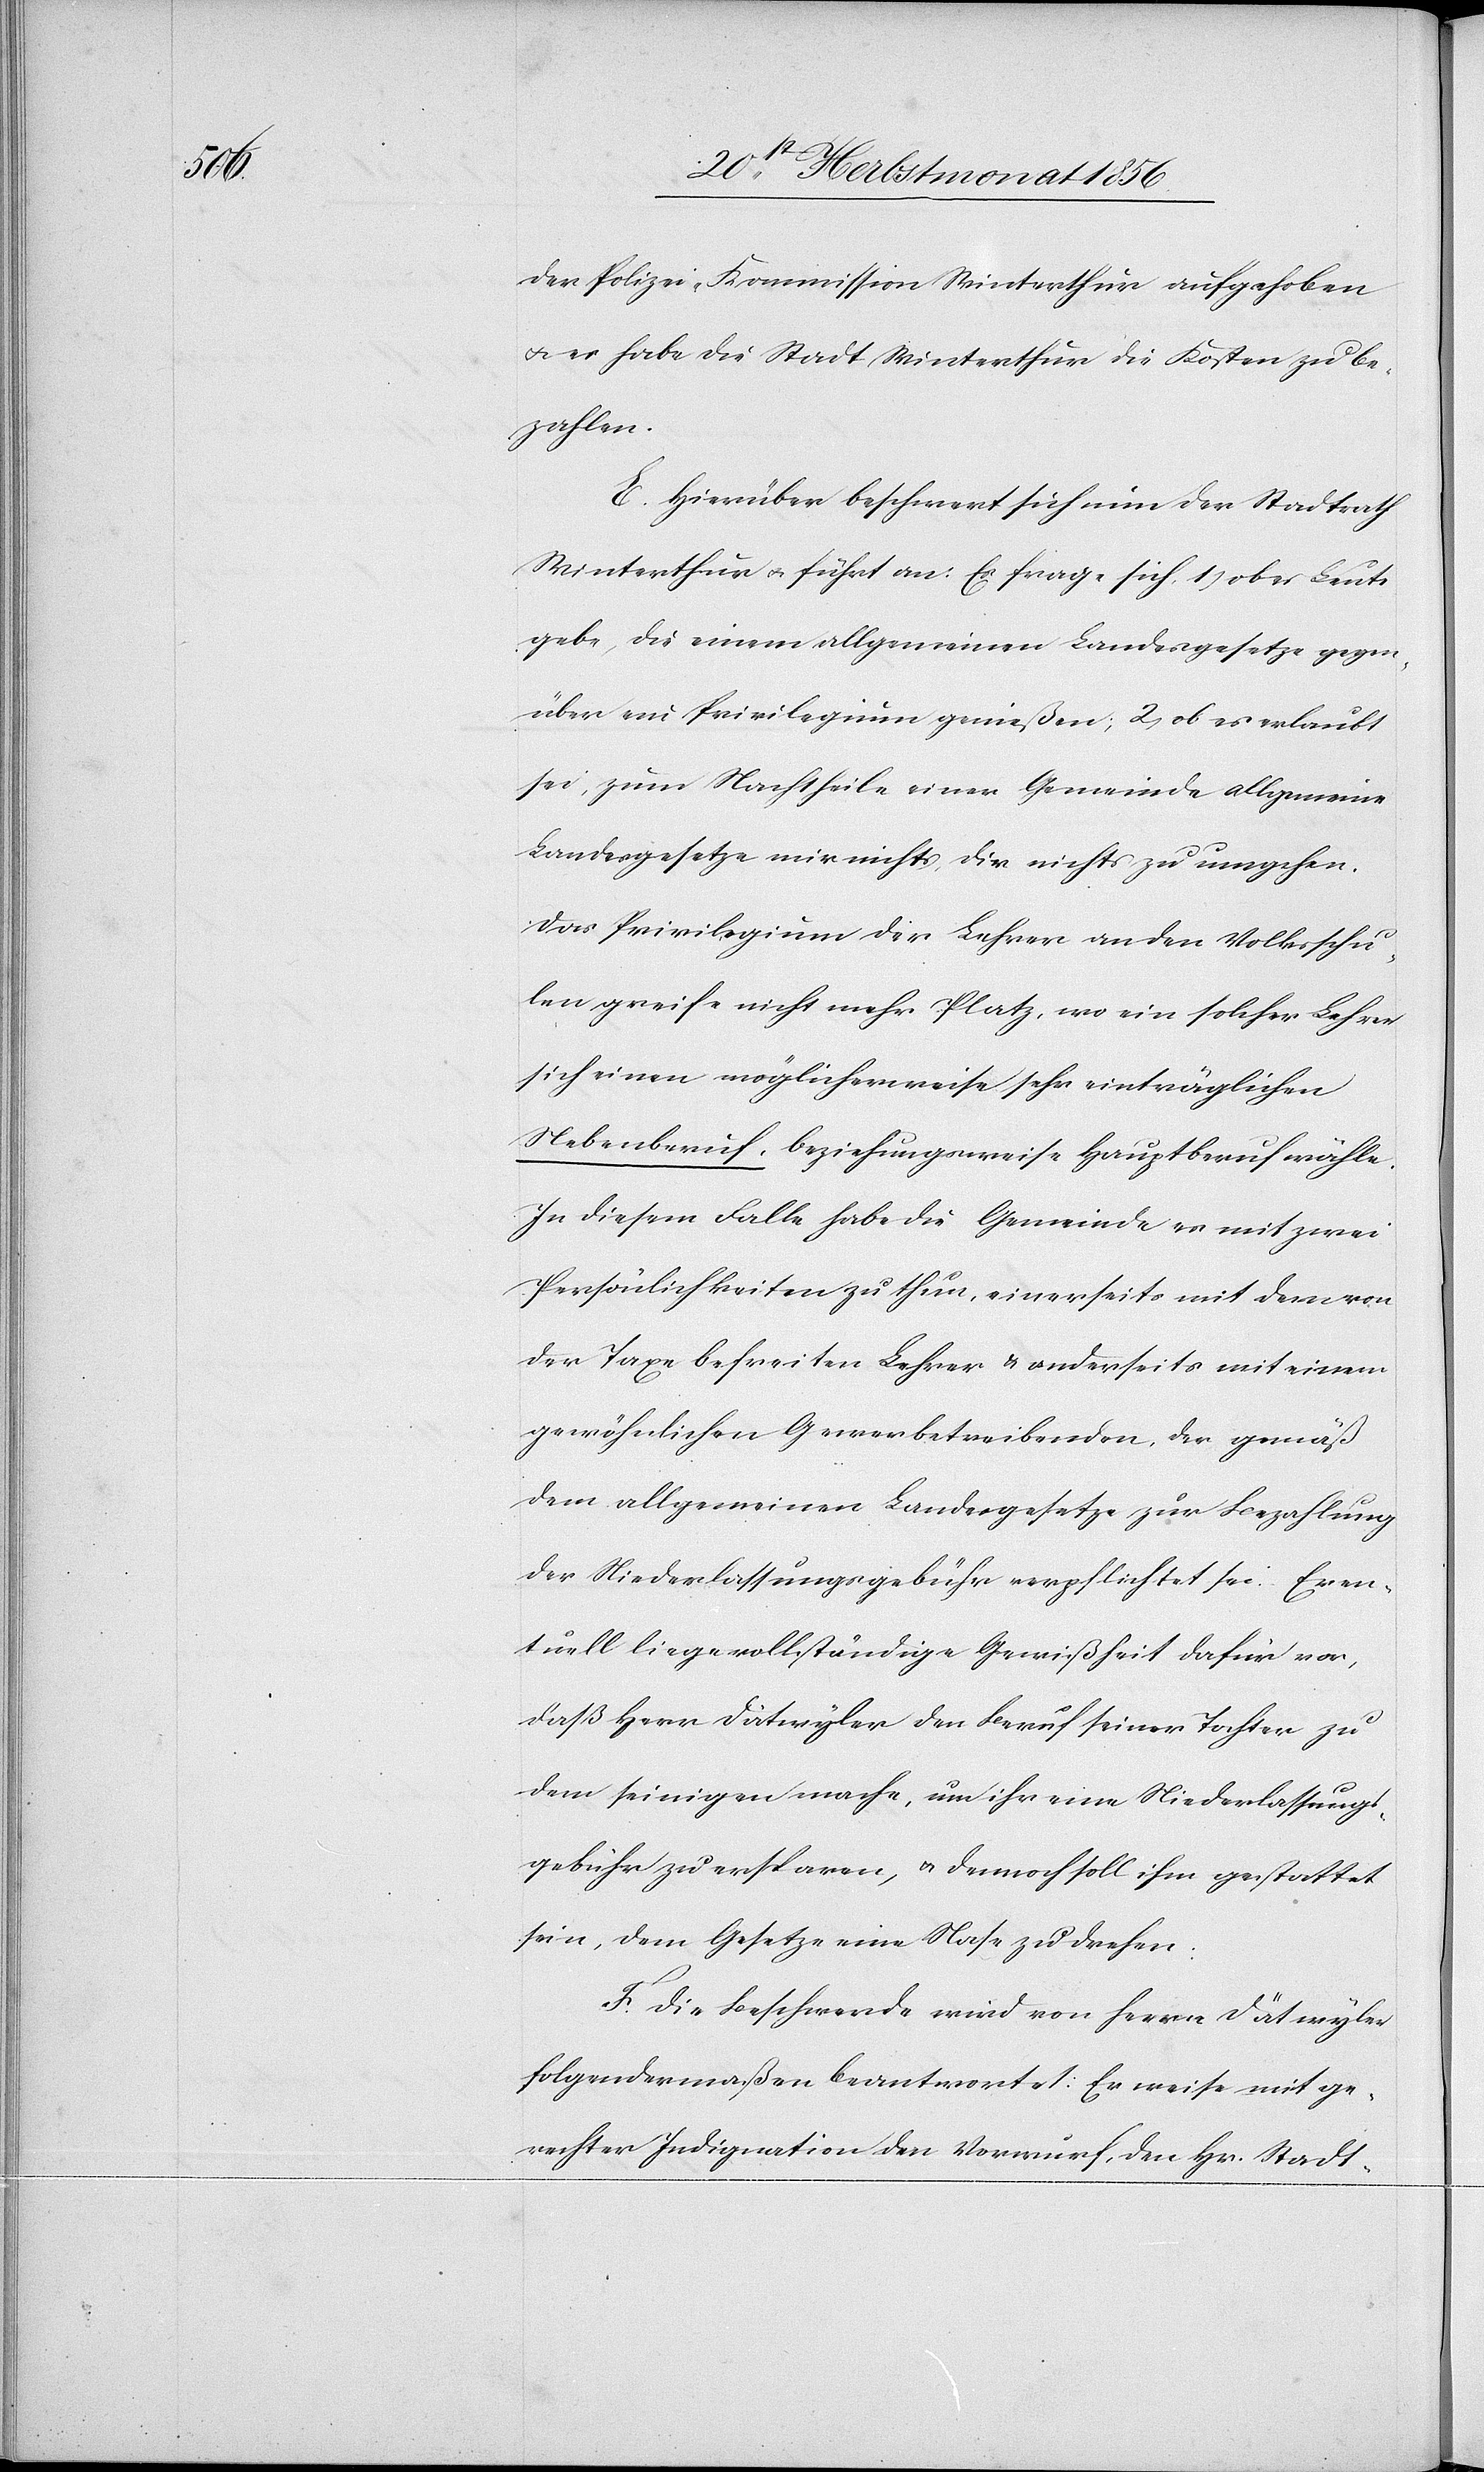
der Polizei-Kommission Winterthur aufgehoben
u. es habe die Stadt Winterthur die Kosten zu be¬
zahlen.
E. Hierüber beschwert sich nun der Stadtrat
Winterthur u. führt an: Es frage sich 1) ob es Leute
gebe, die einem allgemeinen Landesgesetze gegen¬
über ein Privilegium genießen; 2) ob es erlaubt
sei, zum Nachtheile einer Gemeinde allgemeine
Landesgesetze mir nichts, dir nichts zu umgehen.
Das Privilegium der Lehrer an den Volksschu¬
len greife nicht mehr Platz, wo ein solcher Lehrer
sich einen möglicherweise sehr einträglichen
Nebenberuf, beziehungsweise Hauptberuf wähle.
In diesem Falle habe die Gemeinde es mit zwei
Persönlichkeiten zu thun, einerseits mit dem von
der Taxe befreiten Lehrer & anderseits mit einem
gewöhnlichen Gewerbetreibenden, der gemäß
dem allgemeinen Landesgesetze zur Bezahlung
der Niederlassungsgebühr verpflichtet sei. Even¬
tuell liege vollständige Gewißheit dafür vor,
daß Herr Dätwyler [sic!] den Beruf seiner Tochter zu
dem seinigen mache, um ihr eine Niederlassungs¬
gebühr zu ersparen, u. dennoch soll ihm gestattet
sein, dem Gesetze eine Nase zu drehen.
F. Die Beschwerde wird von herrn [sic!] Dätwyler
folgendermaßen beantwortet: Er weise mit ge¬
rechter Indignation den Vorwurf, den Hr. Stadt-